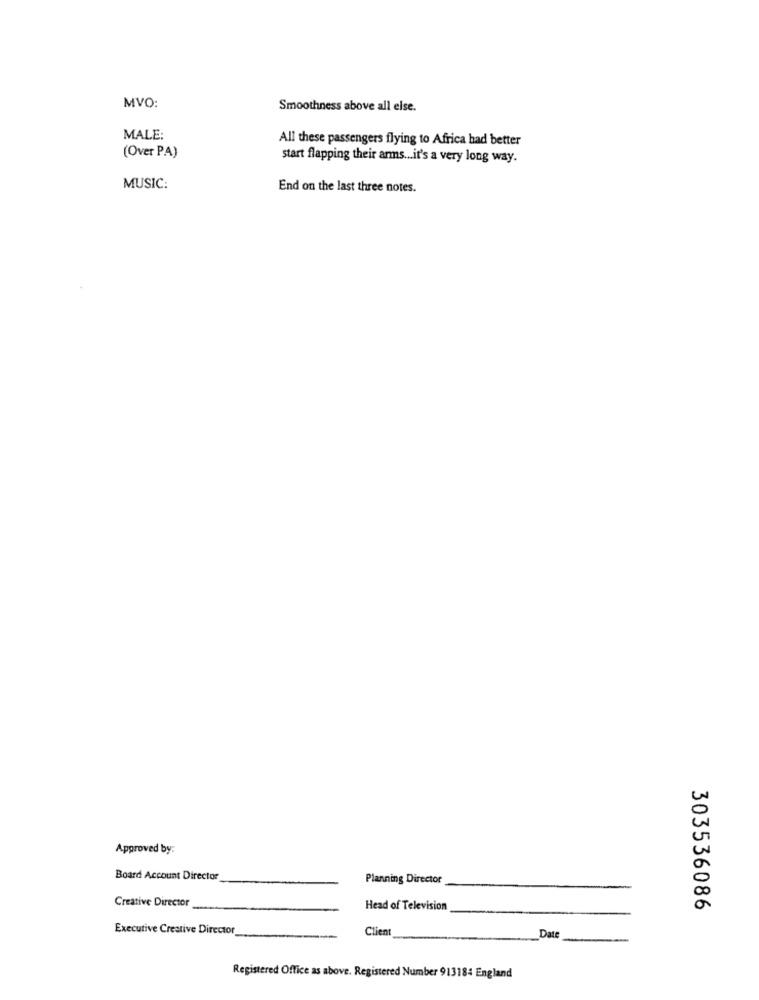
MVO:
Smoothness above all else.
MALE:
All these passengers flying to Africa had better
(Over PA)
start flapping their arms ... it's a very long way.
MUSIC:
End on the last three notes.
Approved by:
Board Account Director
Planning Director
Creative Director
Head of Television
303536086
Executive Creative Director
Client
Date
Registered Office as above. Registered Number 913184 England